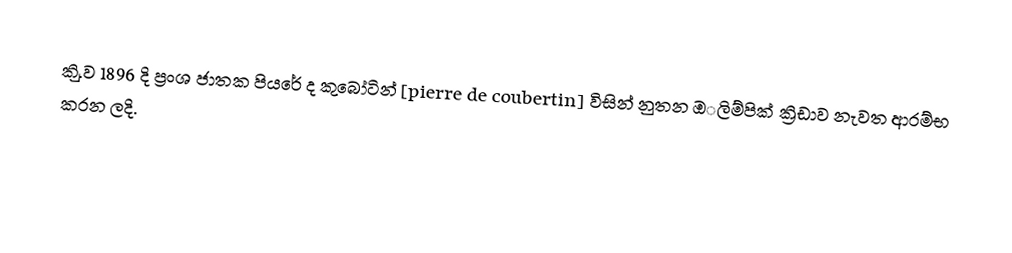
කිු.ව 1896 දි ප්‍රංශ ජාතක පියරේ ද කුබෝටින් [pierre de coubertin] විසින් නුතන ඔ‌‌ලිම්පික් ක්‍රිඩාව  නැවත ආරම්භ කරන ලදි.